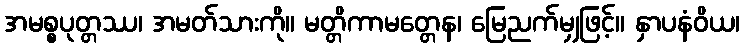
အမစ္စပုတ္တဿ၊ အမတ်သားကို။ မတ္တိကာမတ္တေန၊ မြေညက်မျှဖြင့်။ နှာပနံဝိယ၊